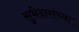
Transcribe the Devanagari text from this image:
सुभेदारांच्या